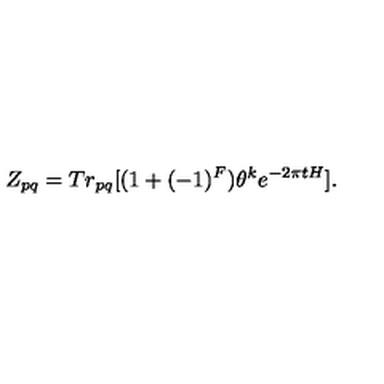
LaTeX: Z _ { p q } = T r _ { p q } [ ( 1 + ( - 1 ) ^ { F } ) \theta ^ { k } e ^ { - 2 \pi t H } ] .